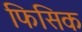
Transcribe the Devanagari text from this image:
फिसिक